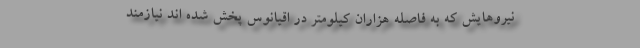
نیروهایش که به فاصله هزاران کیلومتر در اقیانوس پخش شده اند نیازمند